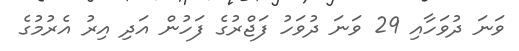
ވަނަ ދުވަހާއި 29 ވަނަ ދުވަހު ފަޖްރުގެ ފަހުން އަދި އިރު އެރުމުގެ